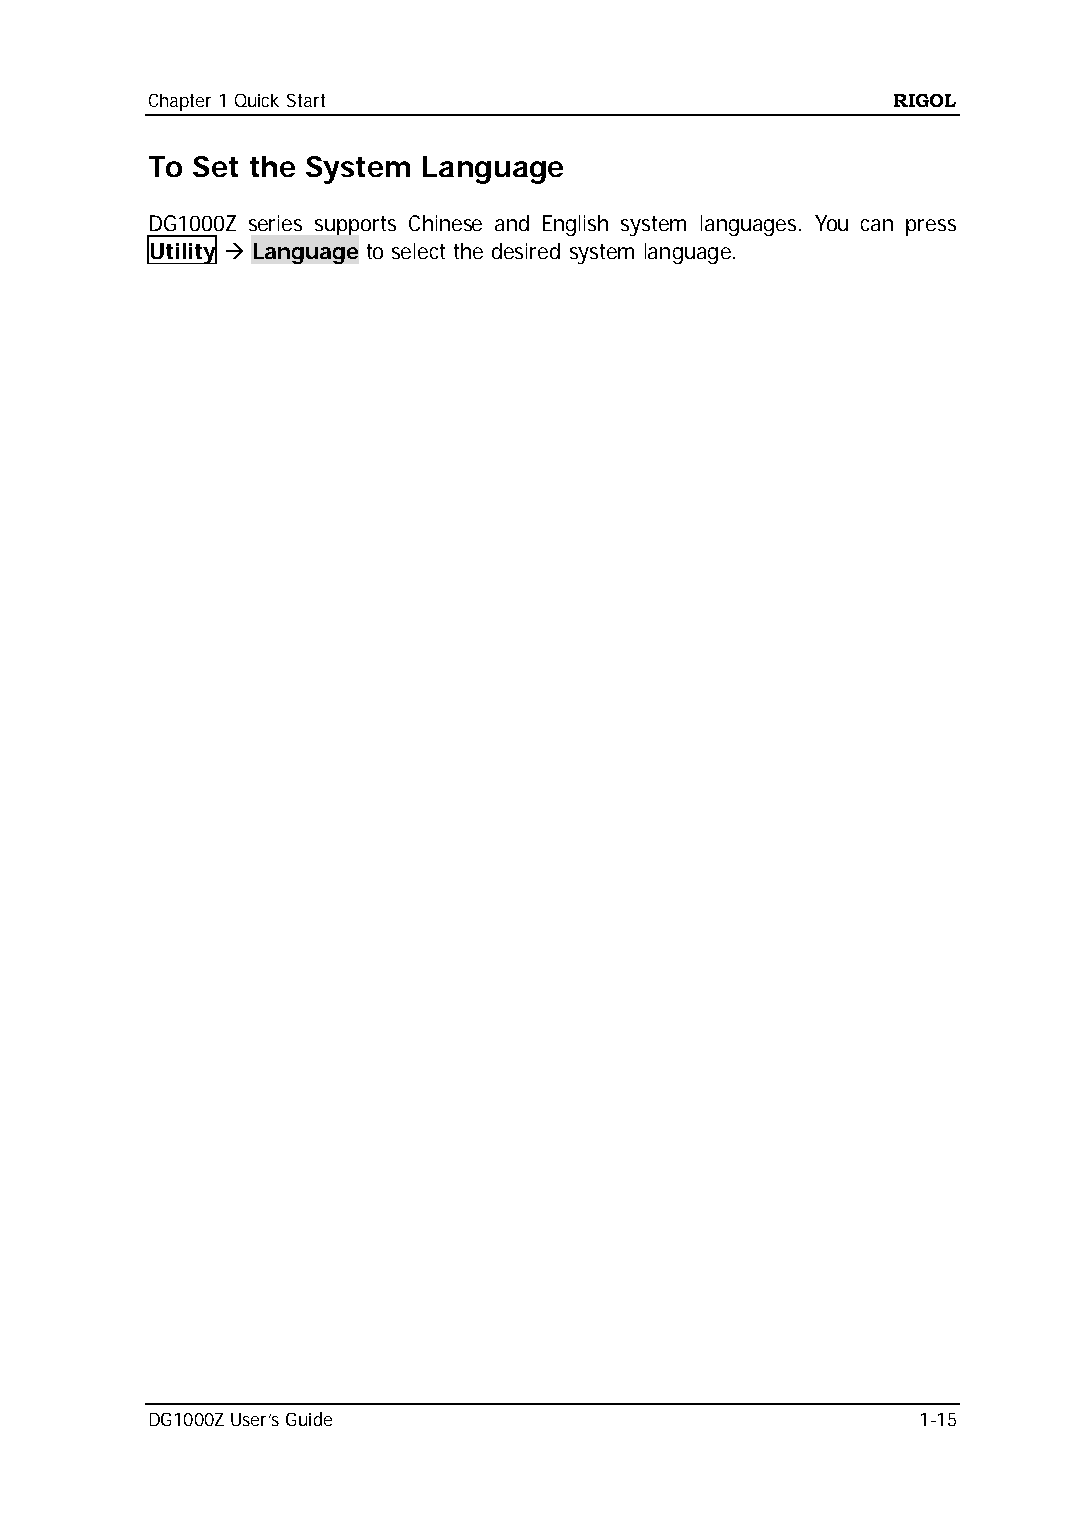
Chapter 1 Quick Start                            RIGOL
 To Set the System Language
 DG1000Z series supports Chinese and English system languages. You can press
 Utility  Language to select the desired system language.
 DG1000Z User’s Guide                               1-15